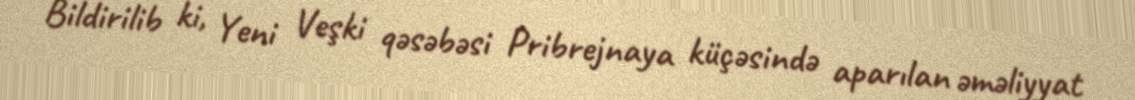
Bildirilib ki, Yeni Veşki qəsəbəsi Pribrejnaya küçəsində aparılan əməliyyat